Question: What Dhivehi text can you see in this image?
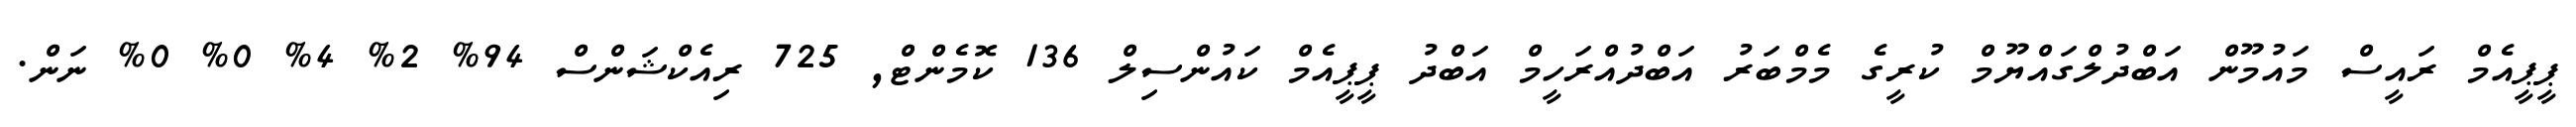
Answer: ޕީޕީއެމް ރައީސް މައުމޫން އަބްދުލްގައްޔޫމް ކުރީގެ މެމްބަރު އަބްދުއްރަހީމް އަބްދު ޕީޕީއެމް ކައުންސިލް 136 ކޮމެންޓް, 725 ރިއެކްޝަންސް 94% 2% 4% 0% 0% ނަން.